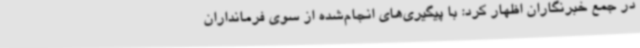
در جمع خبرنگاران اظهار کرد: با پیگیری‌های انجام‌شده از سوی فرمانداران